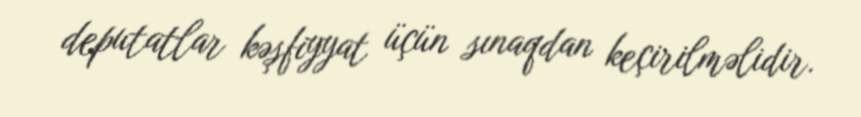
deputatlar kəşfiyyat üçün sınaqdan keçirilməlidir.